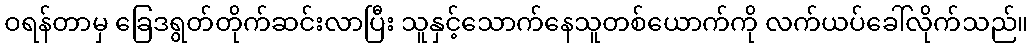
ဝရန်တာမှ ခြေဒရွတ်တိုက်ဆင်းလာပြီး သူနှင့်သောက်နေသူတစ်ယောက်ကို လက်ယပ်ခေါ်လိုက်သည်။